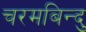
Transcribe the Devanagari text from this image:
चरमबिन्दु